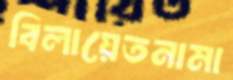
বিলায়েতনামা